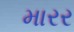
મારર